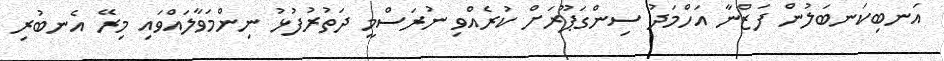
އަނބިކަނބަލުން ފަޒްނާ އަހްމަދު ސިންގަޕޫރަށް ކުރެއްވި ނުރަސްމީ ދަތުރުފުޅު ނިންމަވާލައްވައި މިރޭ އެނބުރި